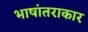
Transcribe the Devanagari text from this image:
भाषांतराकार